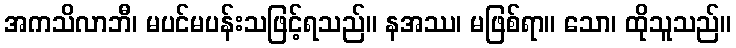
အကသိလာဘီ၊ မပင်မပန်းသဖြင့်ရသည်။ နအဿ၊ မဖြစ်ရာ။ သော၊ ထိုသူသည်။